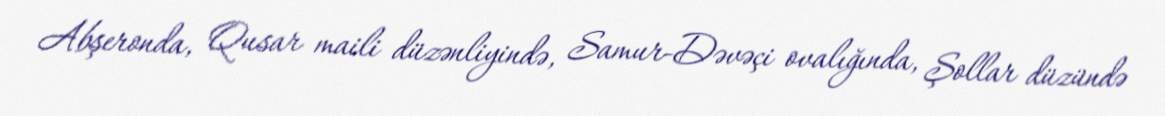
Abşeronda, Qusar maili düzənliyində, Samur-Dəvəçi ovalığında, Şollar düzündə